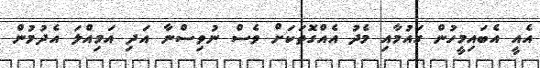
އެއީ އެބައިމީހުން ގައުމާއި މެދު އެއްގޮތަކަށް ވެސް ނުވިސްނާ އަދި އަމިއްލަ އެދުމުން